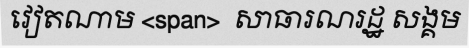
វៀតណាម <span>  សាធារណរដ្ឋ សង្គម